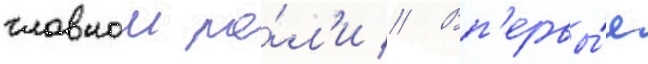
главнои ро́л'и // Вп'ервы́е